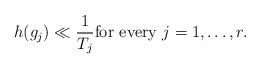
LaTeX: \begin{align*} h(g_j) \ll \frac{1}{T_j} \mbox{for every } j=1, \ldots, r. \end{align*}